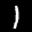
Label: 1